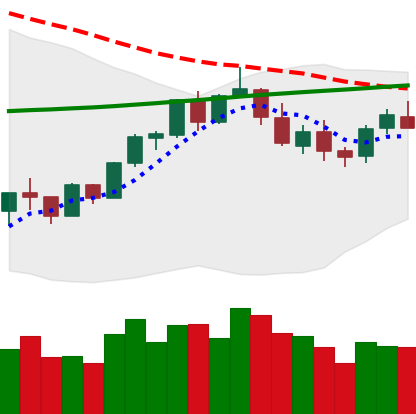
Ticker: BTC-USD
Chart end date: 2018-02-28
Forward return: 11.304%
Label: up_7plus